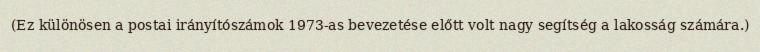
(Ez különösen a postai irányítószámok 1973-as bevezetése előtt volt nagy segítség a lakosság számára.)